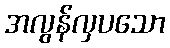
အလွန်လှပသော